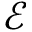
\mathcal { E }